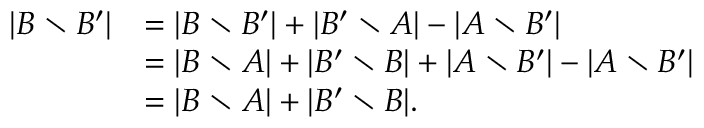
\begin{array} { r l } { | B \setminus B ^ { \prime } | } & { = | B \setminus B ^ { \prime } | + | B ^ { \prime } \setminus A | - | A \setminus B ^ { \prime } | } \\ & { = | B \setminus A | + | B ^ { \prime } \setminus B | + | A \setminus B ^ { \prime } | - | A \setminus B ^ { \prime } | } \\ & { = | B \setminus A | + | B ^ { \prime } \setminus B | . } \end{array}